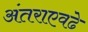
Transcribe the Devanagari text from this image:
अंतराएवढे